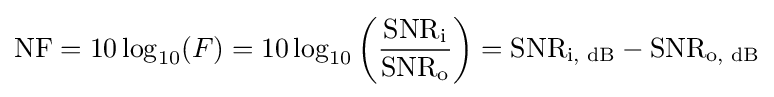
\mathrm {NF} =10\log _{10}(F)=10\log _{10}\left({\frac {\mathrm {SNR} _{\text{i}}}{\mathrm {SNR} _{\text{o}}}}\right)=\mathrm {SNR} _{\text{i, dB}}-\mathrm {SNR} _{\text{o, dB}}